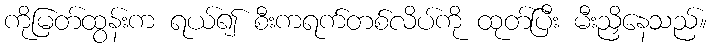
ကိုမြတ်ထွန်းက ရယ်၍ စီးကရက်တစ်လိပ်ကို ထုတ်ပြီး မီးညှိနေသည်။